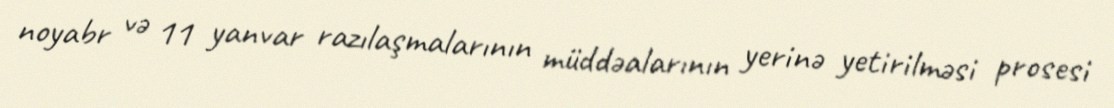
noyabr və 11 yanvar razılaşmalarının müddəalarının yerinə yetirilməsi prosesi